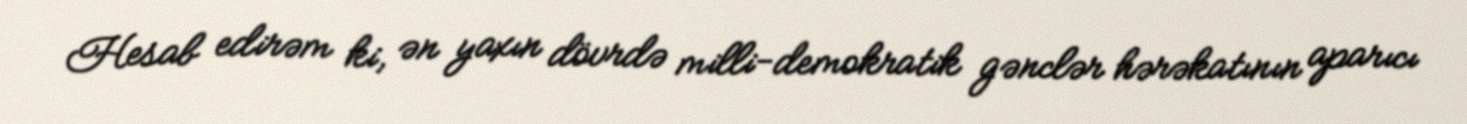
Hesab edirəm ki, ən yaxın dövrdə milli-demokratik gənclər hərəkatının aparıcı